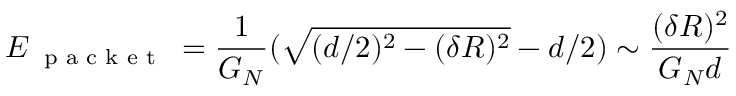
E _ { \textup { \scriptsize { p a c k e t } } } = \frac { 1 } { G _ { N } } ( \sqrt { ( d / 2 ) ^ { 2 } - ( \delta R ) ^ { 2 } } - d / 2 ) \sim \frac { ( \delta R ) ^ { 2 } } { G _ { N } d }